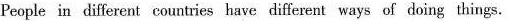
People in different countries have different ways of doing things.